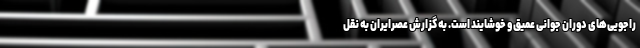
راجویی‌های دوران جوانی عمیق و خوشایند است. به گزارش عصرایران به نقل